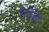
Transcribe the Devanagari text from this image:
पाळि